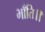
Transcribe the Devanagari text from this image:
भाँति।।